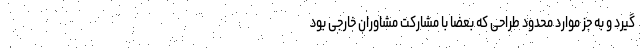
گیرد و به جز موارد محدود طراحی که بعضا با مشارکت مشاوران خارجی بود